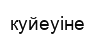
куйеуіне